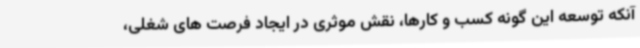
آنکه توسعه این گونه کسب و کارها، نقش موثری در ایجاد فرصت های شغلی،‌